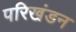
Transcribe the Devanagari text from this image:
परिखंडन